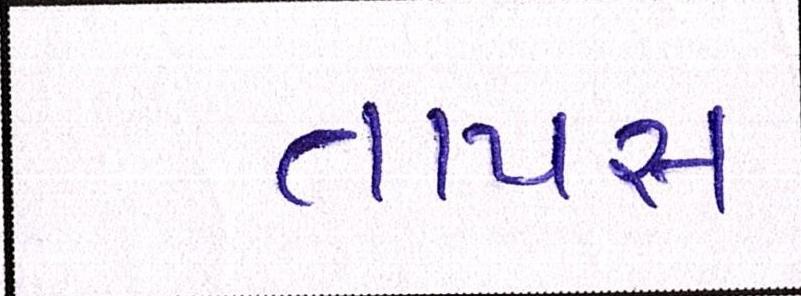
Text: તાપસ